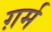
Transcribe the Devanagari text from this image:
ग़र्म